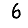
Digit: 6